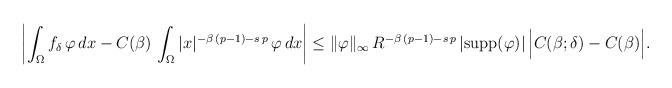
LaTeX: \begin{align*}\left|\int_{\Omega} f_\delta\,\varphi\,dx-C(\beta)\,\int_\Omega |x|^{-\beta\,(p-1)-s\,p}\,\varphi\,dx\right|&\le \|\varphi\|_\infty\,R^{-\beta\,(p-1)-s\,p}\,|\mathrm{supp}(\varphi)|\,\Big|C(\beta;\delta)-C(\beta)\Big|.\end{align*}